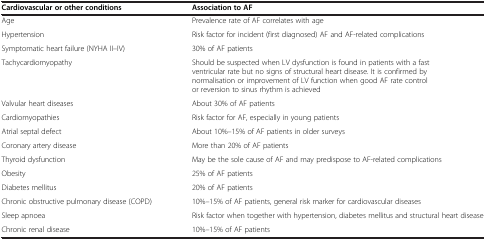
| Cardiovascular or other conditions | Association to AF |
 | --- | --- |
 | Age | Prevalence rate of AF correlates with age |
 | Hypertension | Risk factor for incident (first diagnosed) AF and AF-related complications |
 | Symptomatic heart failure (NYHA II–IV) | 30% of AF patients |
 | Tachycardiomyopathy | Should be suspected when LV dysfunction is found in patients with a fast ventricular rate but no signs of structural heart disease. It is confirmed by normalisation or improvement of LV function when good AF rate control or reversion to sinus rhythm is achieved |
 | Valvular heart diseases | About 30% of AF patients |
 | Cardiomyopathies | Risk factor for AF, especially in young patients |
 | Atrial septal defect | About 10%–15% of AF patients in older surveys |
 | Coronary artery disease | More than 20% of AF patients |
 | Thyroid dysfunction | May be the sole cause of AF and may predispose to AF-related complications |
 | Obesity | 25% of AF patients |
 | Diabetes mellitus | 20% of AF patients |
 | Chronic obstructive pulmonary disease (COPD) | 10%–15% of AF patients, general risk marker for cardiovascular diseases |
 | Sleep apnoea | Risk factor when together with hypertension, diabetes mellitus and structural heart disease |
 | Chronic renal disease | 10%–15% of AF patients |